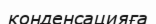
конденсацияға